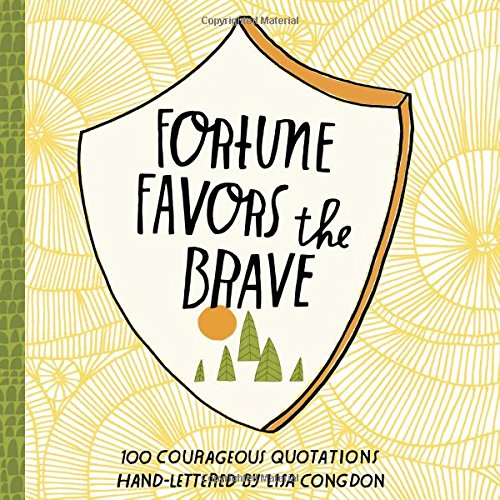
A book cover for Fortune Favors the Brave: 100 Courageous Quotations; Literature & Fiction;